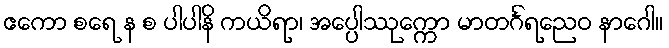
ဧကော စရေ န စ ပါပါနိ ကယိရာ၊ အပ္ပေါဿုက္ကော မာတင်္ဂရညေဝ နာဂေါ။